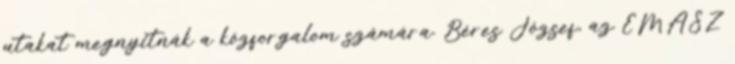
utakat megnyitnák a közforgalom számára. Béres József, az ÉMÁSZ